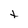
Character: t